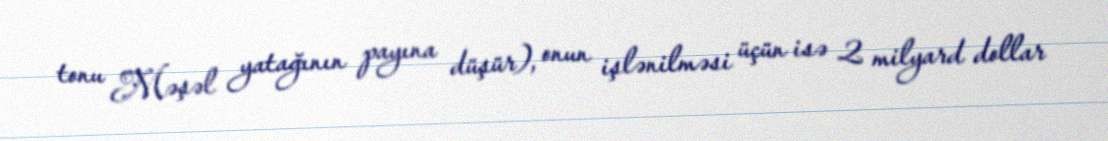
tonu Məşəl yatağının payına düşür), onun işlənilməsi üçün isə 2 milyard dollar